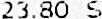
23.80 S